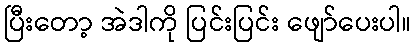
ပြီးတော့ အဲဒါကို ပြင်းပြင်း ဖျော်ပေးပါ။